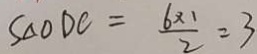
S _ { \Delta } O D C = \frac { 6 \times 1 } { 2 } = 3